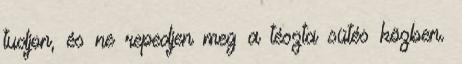
tudjon, és ne repedjen meg a tészta sütés közben.